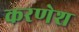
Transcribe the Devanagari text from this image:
करणेश